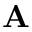
\mathbf { A }